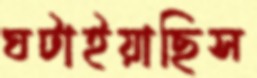
ঘটাইয়াছিস